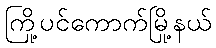
ကြို့ပင်ကောက်မြို့နယ်